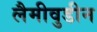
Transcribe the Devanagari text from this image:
लैमीवुडीन